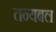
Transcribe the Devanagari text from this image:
तन्यबल